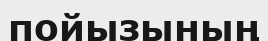
пойызының